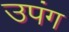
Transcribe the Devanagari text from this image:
उपंग